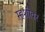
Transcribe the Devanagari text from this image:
म्हशीवर